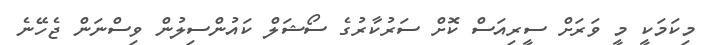
މިކަމަކީ މީ ވަރަށް ސީރިއަސް ކޮށް ސަރުކާރުގެ ސޯޝަލް ކައުންސިލުން ވިސްނަން ޖެހޭނެ